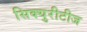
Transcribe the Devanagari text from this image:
सिक्युरीटीज